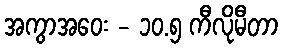
အကွာအဝေး - ၁၀.၅ ကီလိုမီတာ